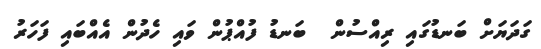
ގަދަޔަށް ބަނޑުގައި ރިއްސުން  ބަނޑު ފުއްޕުން ވައި ހެދުން އެއްބައި ފަހަރު